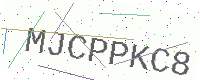
Text: MJCPPKC8